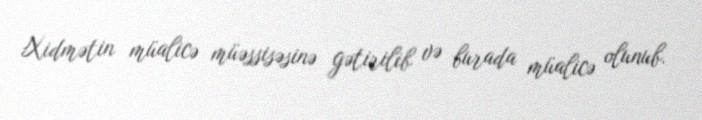
Xidmətin müalicə müəssisəsinə gətirilib və burada müalicə olunub.